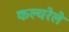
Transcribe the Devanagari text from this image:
कल्चरेले